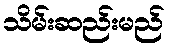
သိမ်းဆည်းမည်